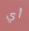
أي